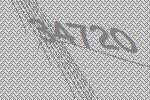
34720